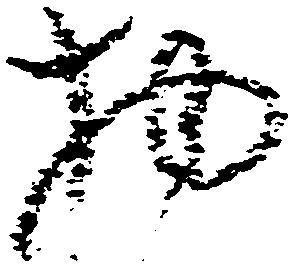
物